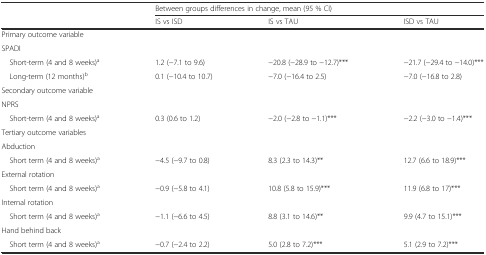
|  | <COLSPAN=3> Between groups differences in change, mean (95 % CI) |
 |  | IS vs ISD | IS vs TAU | ISD vs TAU |
 | --- | --- | --- | --- |
 | Primary outcome variable |  |  |  |
 | SPADI |  |  |  |
 | Short-term (4 and 8 weeks)a | 1.2 (−7.1 to 9.6) | −20.8 (−28.9 to −12.7)*** | −21.7 (−29.4 to −14.0)*** |
 | Long-term (12 months)b | 0.1 (−10.4 to 10.7) | −7.0 (−16.4 to 2.5) | −7.0 (−16.8 to 2.8) |
 | Secondary outcome variable |  |  |  |
 | NPRS |  |  |  |
 | Short-term (4 and 8 weeks)a | 0.3 (0.6 to 1.2) | −2.0 (−2.8 to −1.1)*** | −2.2 (−3.0 to −1.4)*** |
 | Tertiary outcome variables |  |  |  |
 | Abduction |  |  |  |
 | Short term (4 and 8 weeks)a | −4.5 (−9.7 to 0.8) | 8.3 (2.3 to 14.3)** | 12.7 (6.6 to 18.9)*** |
 | External rotation |  |  |  |
 | Short term (4 and 8 weeks)a | −0.9 (−5.8 to 4.1) | 10.8 (5.8 to 15.9)*** | 11.9 (6.8 to 17)*** |
 | Internal rotation |  |  |  |
 | Short term (4 and 8 weeks)a | −1.1 (−6.6 to 4.5) | 8.8 (3.1 to 14.6)** | 9.9 (4.7 to 15.1)*** |
 | Hand behind back |  |  |  |
 | Short term (4 and 8 weeks)a | −0.7 (−2.4 to 2.2) | 5.0 (2.8 to 7.2)*** | 5.1 (2.9 to 7.2)*** |